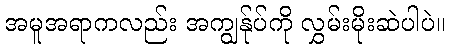
အမူအရာကလည်း အကျွန်ုပ်ကို လွှမ်းမိုးဆဲပါပဲ။